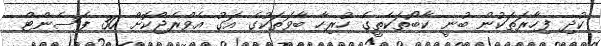
ކުދި ފިހާރަތަކުން ބުނީ ކާބޯތަކެތީގެ ހުރިހާ ބާވަތަކުގެ އަގު އެވްރެޖްކޮށް 30 ޕަސެންޓް